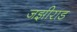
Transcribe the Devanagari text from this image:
जझीराड